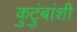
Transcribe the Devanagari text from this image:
कुटुंबांशी